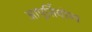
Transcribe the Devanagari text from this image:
आपूर्तियोग्य